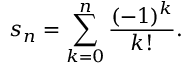
s _ { n } = \sum _ { k = 0 } ^ { n } { \frac { ( - 1 ) ^ { k } } { k ! } } .